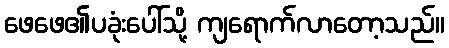
ဖေဖေ၏ပခုံးပေါ်သို့ ကျရောက်လာတော့သည်။